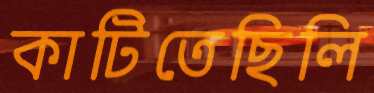
কাটিতেছিলি